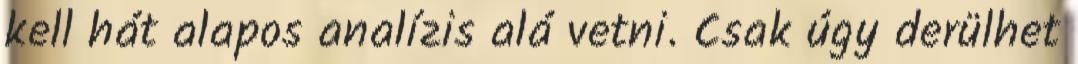
kell hát alapos analízis alá vetni. Csak úgy derülhet